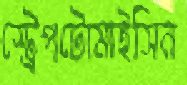
স্ট্রেপটোমাইসিন